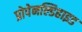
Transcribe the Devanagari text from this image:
प्रोपेनल्डिहाइड